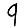
Digit: 9